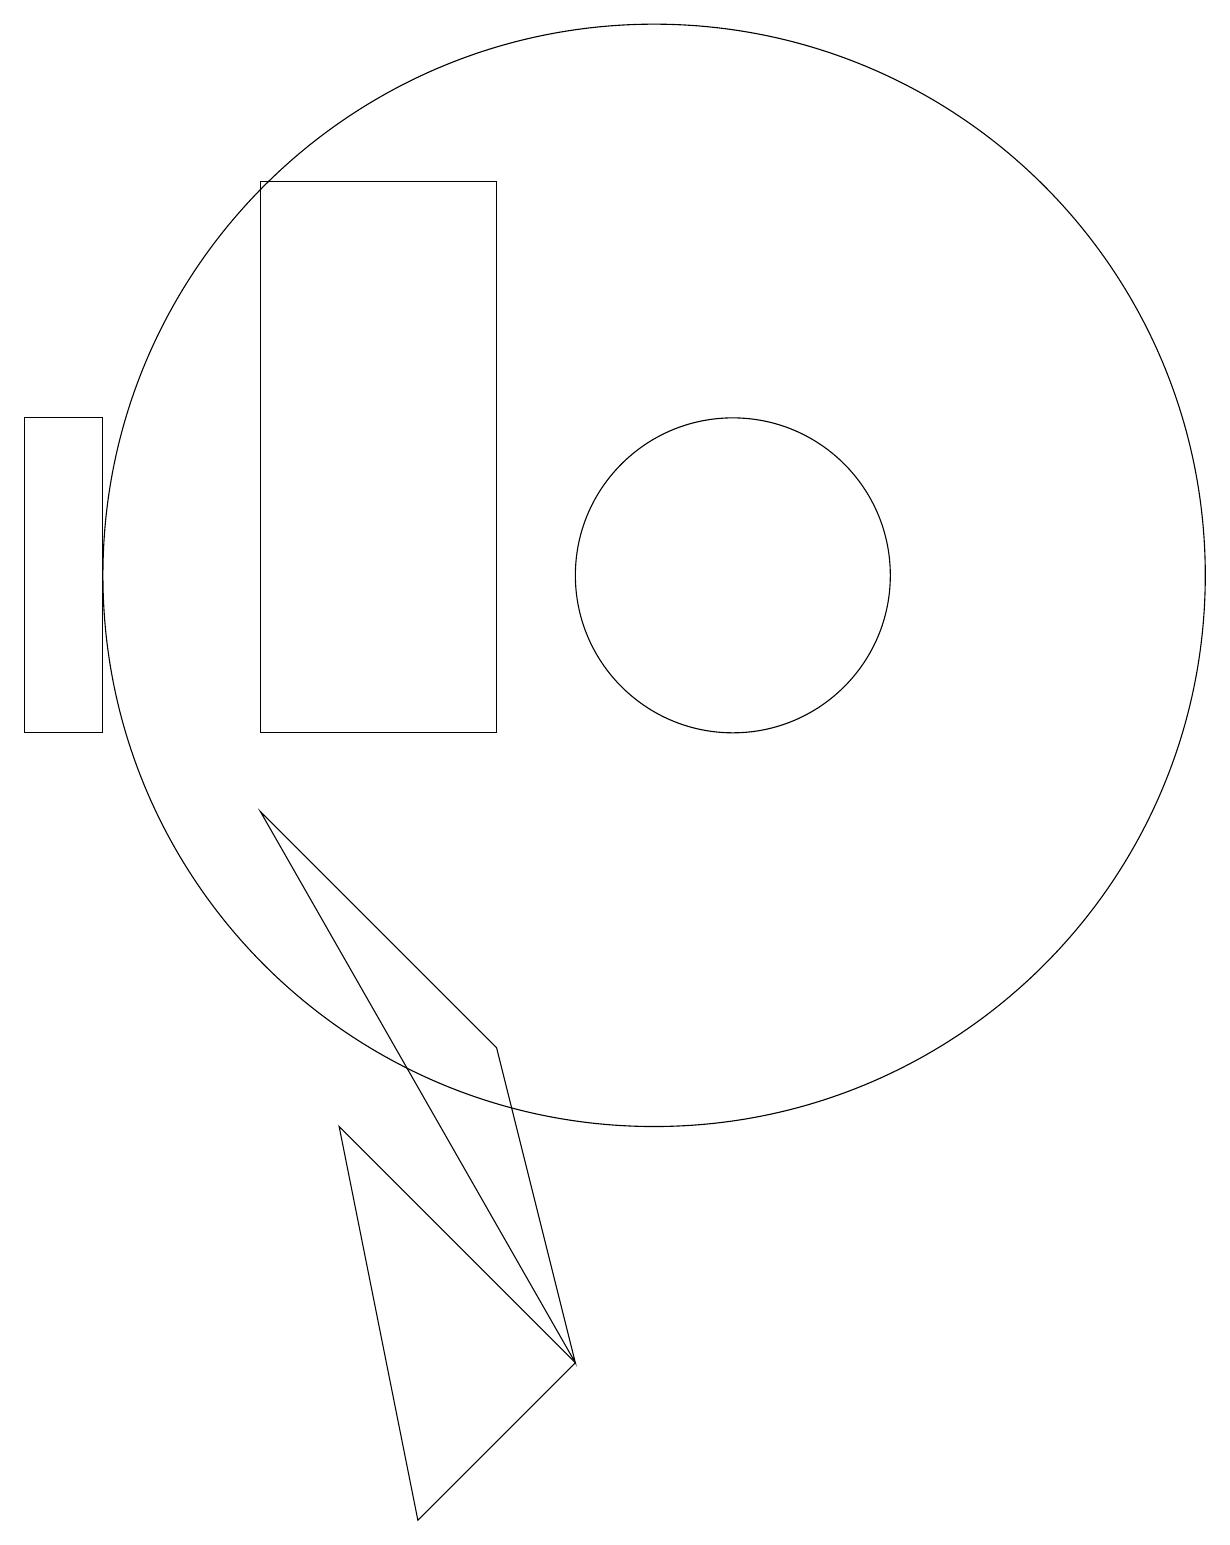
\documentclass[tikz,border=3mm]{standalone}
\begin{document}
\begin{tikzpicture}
\draw (5,17) rectangle (8,10);
\draw (2,10) rectangle (3,14);
\draw (11,12) circle (2);
\draw (8,6) -- (5,9) -- (9,2) -- cycle;
\draw (10,12) circle (7);
\draw (7,0) -- (6,5) -- (9,2) -- cycle;
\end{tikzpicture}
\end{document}